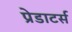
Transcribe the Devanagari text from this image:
प्रेडाटर्स